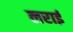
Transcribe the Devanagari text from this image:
लराई